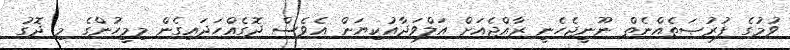
ވުމުގެ ފުރުޞަތެއްނެތް ނޫނީޖެހެނީ ރާއްޖެއަށް އަލްވަދާއުކިޔަން އެވެސް ދޮގެއްހަދައިގެން މިމީހުންގެ މި ދޮގު